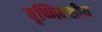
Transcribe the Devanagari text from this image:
वृष्णिवंशीय